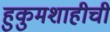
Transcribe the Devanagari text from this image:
हुकुमशाहीची